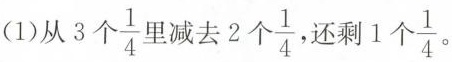
（1）从3个\frac{1}{4}里减去2个\frac{1}{4}还剩1个\frac{1}{4}。